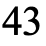
43